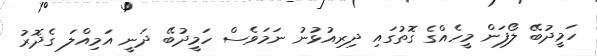
ހަމީދުބޭ ލޯފަން މީހެއްގެ ގޮތުގައި ދިރިއުޅުނު ނަމަވެސް ހަމީދުބޭ ދަނީ އަމިއްލަ ގެދޮރު